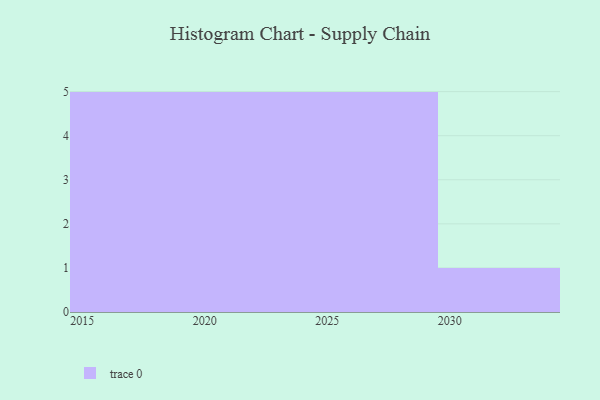
{"axis": {"x": "Year", "y": "Churn Rate (%)"}, "legend": [""], "data": [{"x": "2019", "y": 100, "type": ""}, {"x": "2015", "y": 45, "type": ""}, {"x": "2026", "y": 54, "type": ""}, {"x": "2022", "y": 45, "type": ""}, {"x": "2030", "y": 86, "type": ""}, {"x": "2023", "y": 65, "type": ""}, {"x": "2024", "y": 83, "type": ""}, {"x": "2021", "y": 69, "type": ""}, {"x": "2029", "y": 34, "type": ""}, {"x": "2018", "y": 1, "type": ""}, {"x": "2020", "y": 76, "type": ""}, {"x": "2017", "y": 45, "type": ""}, {"x": "2025", "y": 41, "type": ""}, {"x": "2028", "y": 51, "type": ""}, {"x": "2027", "y": 25, "type": ""}, {"x": "2016", "y": 25, "type": ""}]}